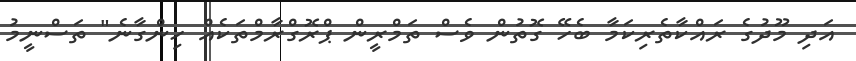
އަދި މޫދުގެ ރައްކާތެރިކަމާ ބެހޭ ގޮތުން ވެސް ތަމްރީން ޕްރޮގްރާމްތަކެއް ހިންގާނެ" ތަސްނީމު